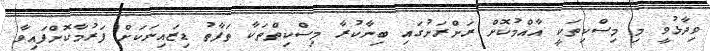
ވިދާޅުވީ މި މިސްކިތަކީ އާއްމުކޮށް ރަށްރަށުގައި ބިނާކުރާ މިސްކިތްތަކާ ތަފާތު ޑިޒައިނަކަށް ފަރުމާކޮށްފައިވާ